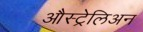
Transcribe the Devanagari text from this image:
औस्ट्रेलिअन